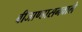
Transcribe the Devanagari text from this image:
बीजाण्डासनवाले